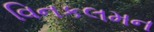
વિનકલમન